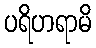
ပရိဟရာမိ